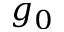
g _ { 0 }